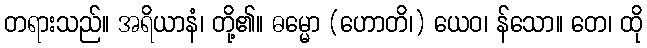
တရားသည်။ အရိယာနံ၊ တို့၏။ ဓမ္မော (ဟောတိ၊) ယေဝ၊ န်သော။ တေ၊ ထို